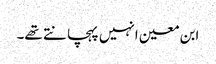
ابن معین انہیں پہچانتے تھے۔